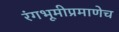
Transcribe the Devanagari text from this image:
रंगभूमीप्रमाणेच